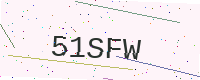
Text: 51SFW